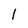
Character: l